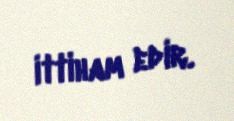
ittiham edir.